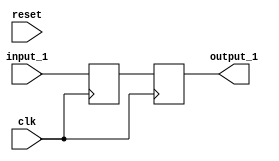
// Generator : SpinalHDL v1.4.3    git head : adf552d8f500e7419fff395b7049228e4bc5de26
// Component : SyncronousCheckerTesterA
// Git hash  : adf552d8f500e7419fff395b7049228e4bc5de26



module SyncronousCheckerTesterA (
  input               clk,
  input               reset,
  input      [7:0]    input_1,
  output     [7:0]    output_1
);
  reg        [7:0]    logic_a;
  reg        [7:0]    logic_b;

  assign output_1 = logic_b;
  always @ (posedge clk) begin
    logic_a <= input_1;
    logic_b <= logic_a;
  end


endmodule